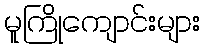
မူကြိုကျောင်းများ